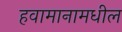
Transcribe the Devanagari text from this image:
हवामानामधील